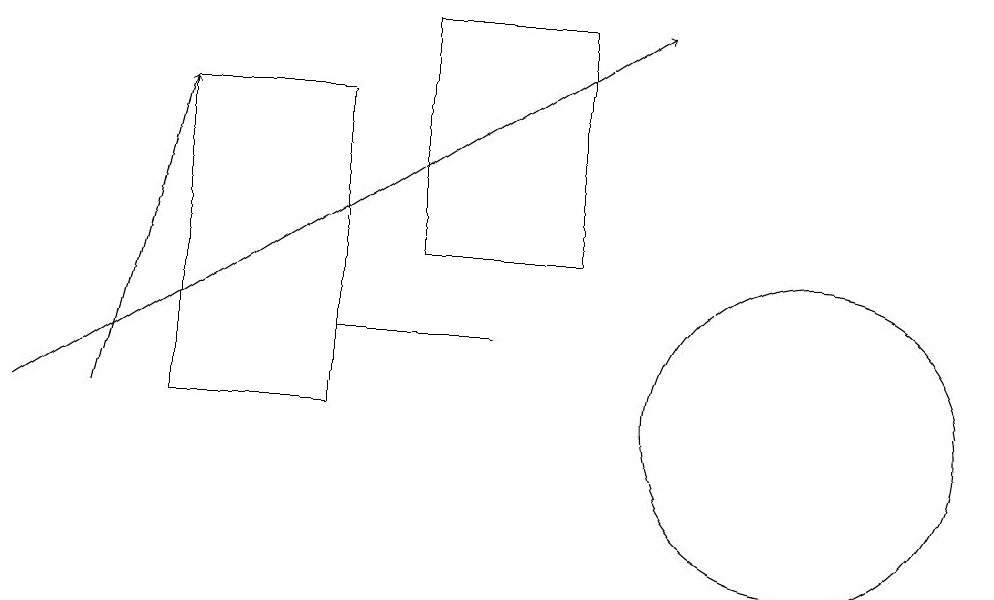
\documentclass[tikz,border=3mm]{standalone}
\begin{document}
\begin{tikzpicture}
\draw (10,10) circle (2);
\draw (4,11) rectangle (6,11);
\draw (5,12) rectangle (7,15);
\draw (4,10) rectangle (2,14);
\draw[->] (1,10) -- (2,14);
\draw[->] (0,10) -- (8,15);
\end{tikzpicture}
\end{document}